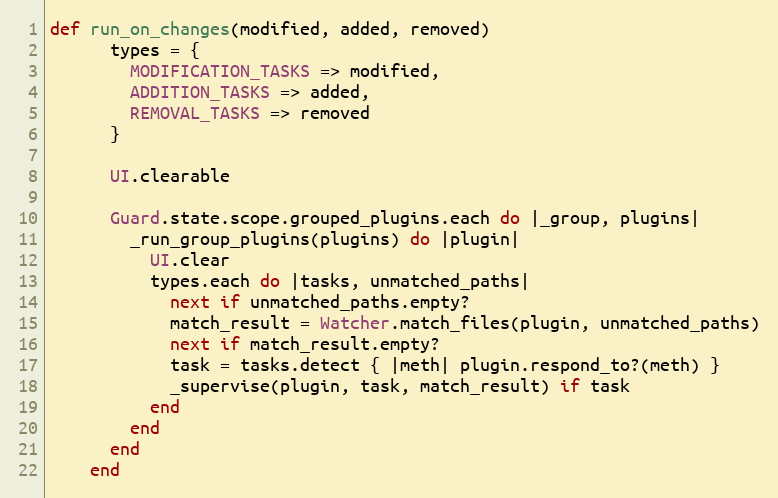
Language: Ruby
def run_on_changes(modified, added, removed)
      types = {
        MODIFICATION_TASKS => modified,
        ADDITION_TASKS => added,
        REMOVAL_TASKS => removed
      }

      UI.clearable

      Guard.state.scope.grouped_plugins.each do |_group, plugins|
        _run_group_plugins(plugins) do |plugin|
          UI.clear
          types.each do |tasks, unmatched_paths|
            next if unmatched_paths.empty?
            match_result = Watcher.match_files(plugin, unmatched_paths)
            next if match_result.empty?
            task = tasks.detect { |meth| plugin.respond_to?(meth) }
            _supervise(plugin, task, match_result) if task
          end
        end
      end
    end